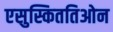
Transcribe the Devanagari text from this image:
एसुस्किततिओन